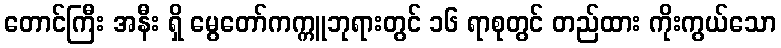
တောင်ကြီး အနီး ရှိ မွေတော်ကက္ကူဘုရားတွင် ၁၆ ရာစုတွင် တည်ထား ကိုးကွယ်သော